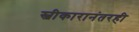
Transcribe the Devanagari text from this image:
स्वीकारानंतरही